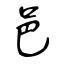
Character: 邑